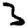
Digit: 3